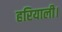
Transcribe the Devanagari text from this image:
हरियाली।